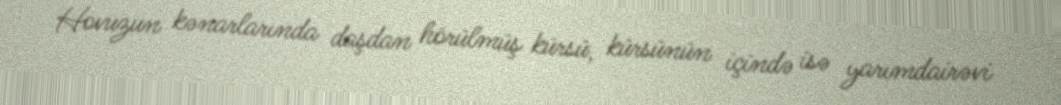
Hovuzun kənarlarında daşdan hörülmüş kürsü, kürsünün içində isə yarımdairəvi